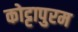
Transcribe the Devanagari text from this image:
कोट्टापुरम